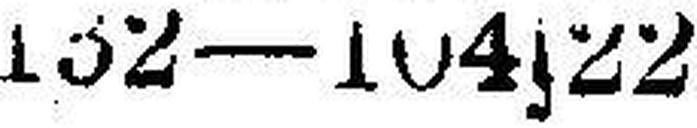
132 — 104s22